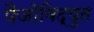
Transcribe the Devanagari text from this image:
पैजोविद्युत